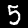
Digit: 5